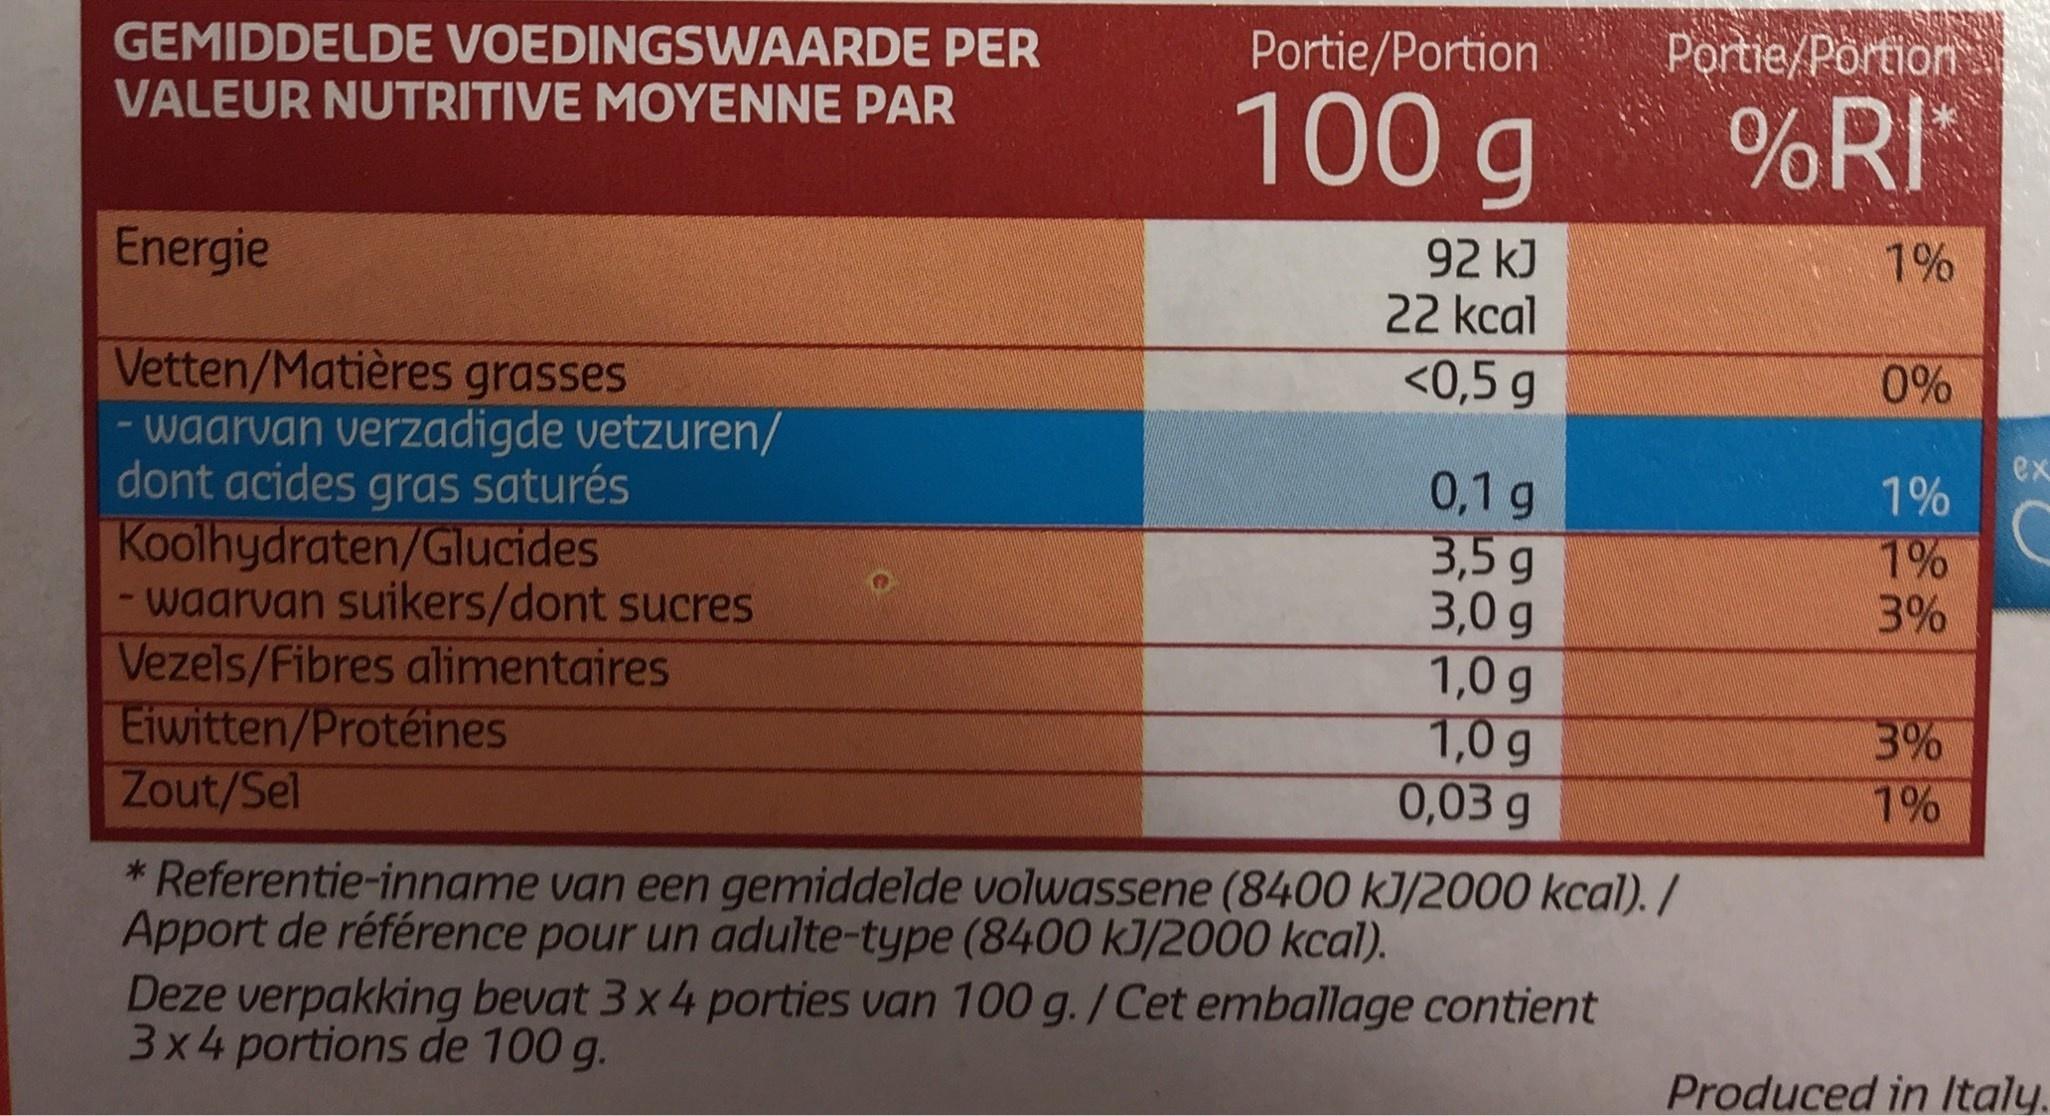
Portie/Portion Portie/Portion GEMIDDELDE VOEDINGSWAARDE PER %RI 100 g VALEUR NUTRITIVE MOYENNE PAR 1% 92 kJ 22 kcal Energie <0,5 g 0% Vetten/Matières grasses - waarvan verzadigde vetzuren/ dont acides gras saturés Koolhydraten/Glucides -waarvan suikers/dont sucres Vezels/Fibres alimentaires Eiwitten/Protéines Zout/Sel ex 0,1 g 3,5 g 3,0g 1,0 g 1,0 g 0,03 g 1% 1% 3% 3% 1% * Referentie-inname van een gemiddelde volwassene (8400 kJ/2000 kcal)./ Apport de référence pour un adulte-type (8400 kJ/2000 kcal). Deze verpakking bevat 3 x 4 porties van 100 g./Cet emballage contient 3x4 portions de 100 g. Produced in Italy.